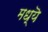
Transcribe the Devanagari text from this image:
मध्यॆ